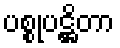
ပစ္စုပဋ္ဌိတာ